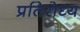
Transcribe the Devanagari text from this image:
प्रतिरोध्य